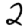
Digit: 2